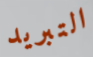
التبريد